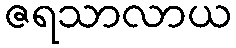
ဇရသာလာယ